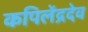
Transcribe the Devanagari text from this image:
कपिलेंद्रदेव